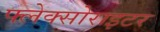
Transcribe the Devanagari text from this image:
फ्लेक्सोराइटर